Document type: Sale
Year: 1423
Scribe: Joan Franc
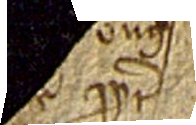
e propter